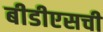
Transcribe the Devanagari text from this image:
बीडीएसची